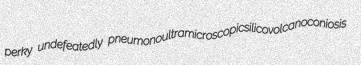
perky undefeatedly pneumonoultramicroscopicsilicovolcanoconiosis